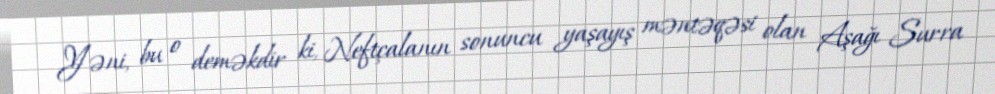
Yəni, bu o deməkdir ki, Neftçalanın sonuncu yaşayış məntəqəsi olan Aşağı Surra